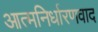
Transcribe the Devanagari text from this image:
आत्मनिर्धारणवाद